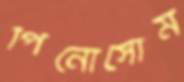
পিনোসোম